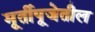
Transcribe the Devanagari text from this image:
मूर्तीपूजेतील